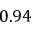
0 . 9 4